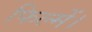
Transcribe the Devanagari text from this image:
फिल्में।